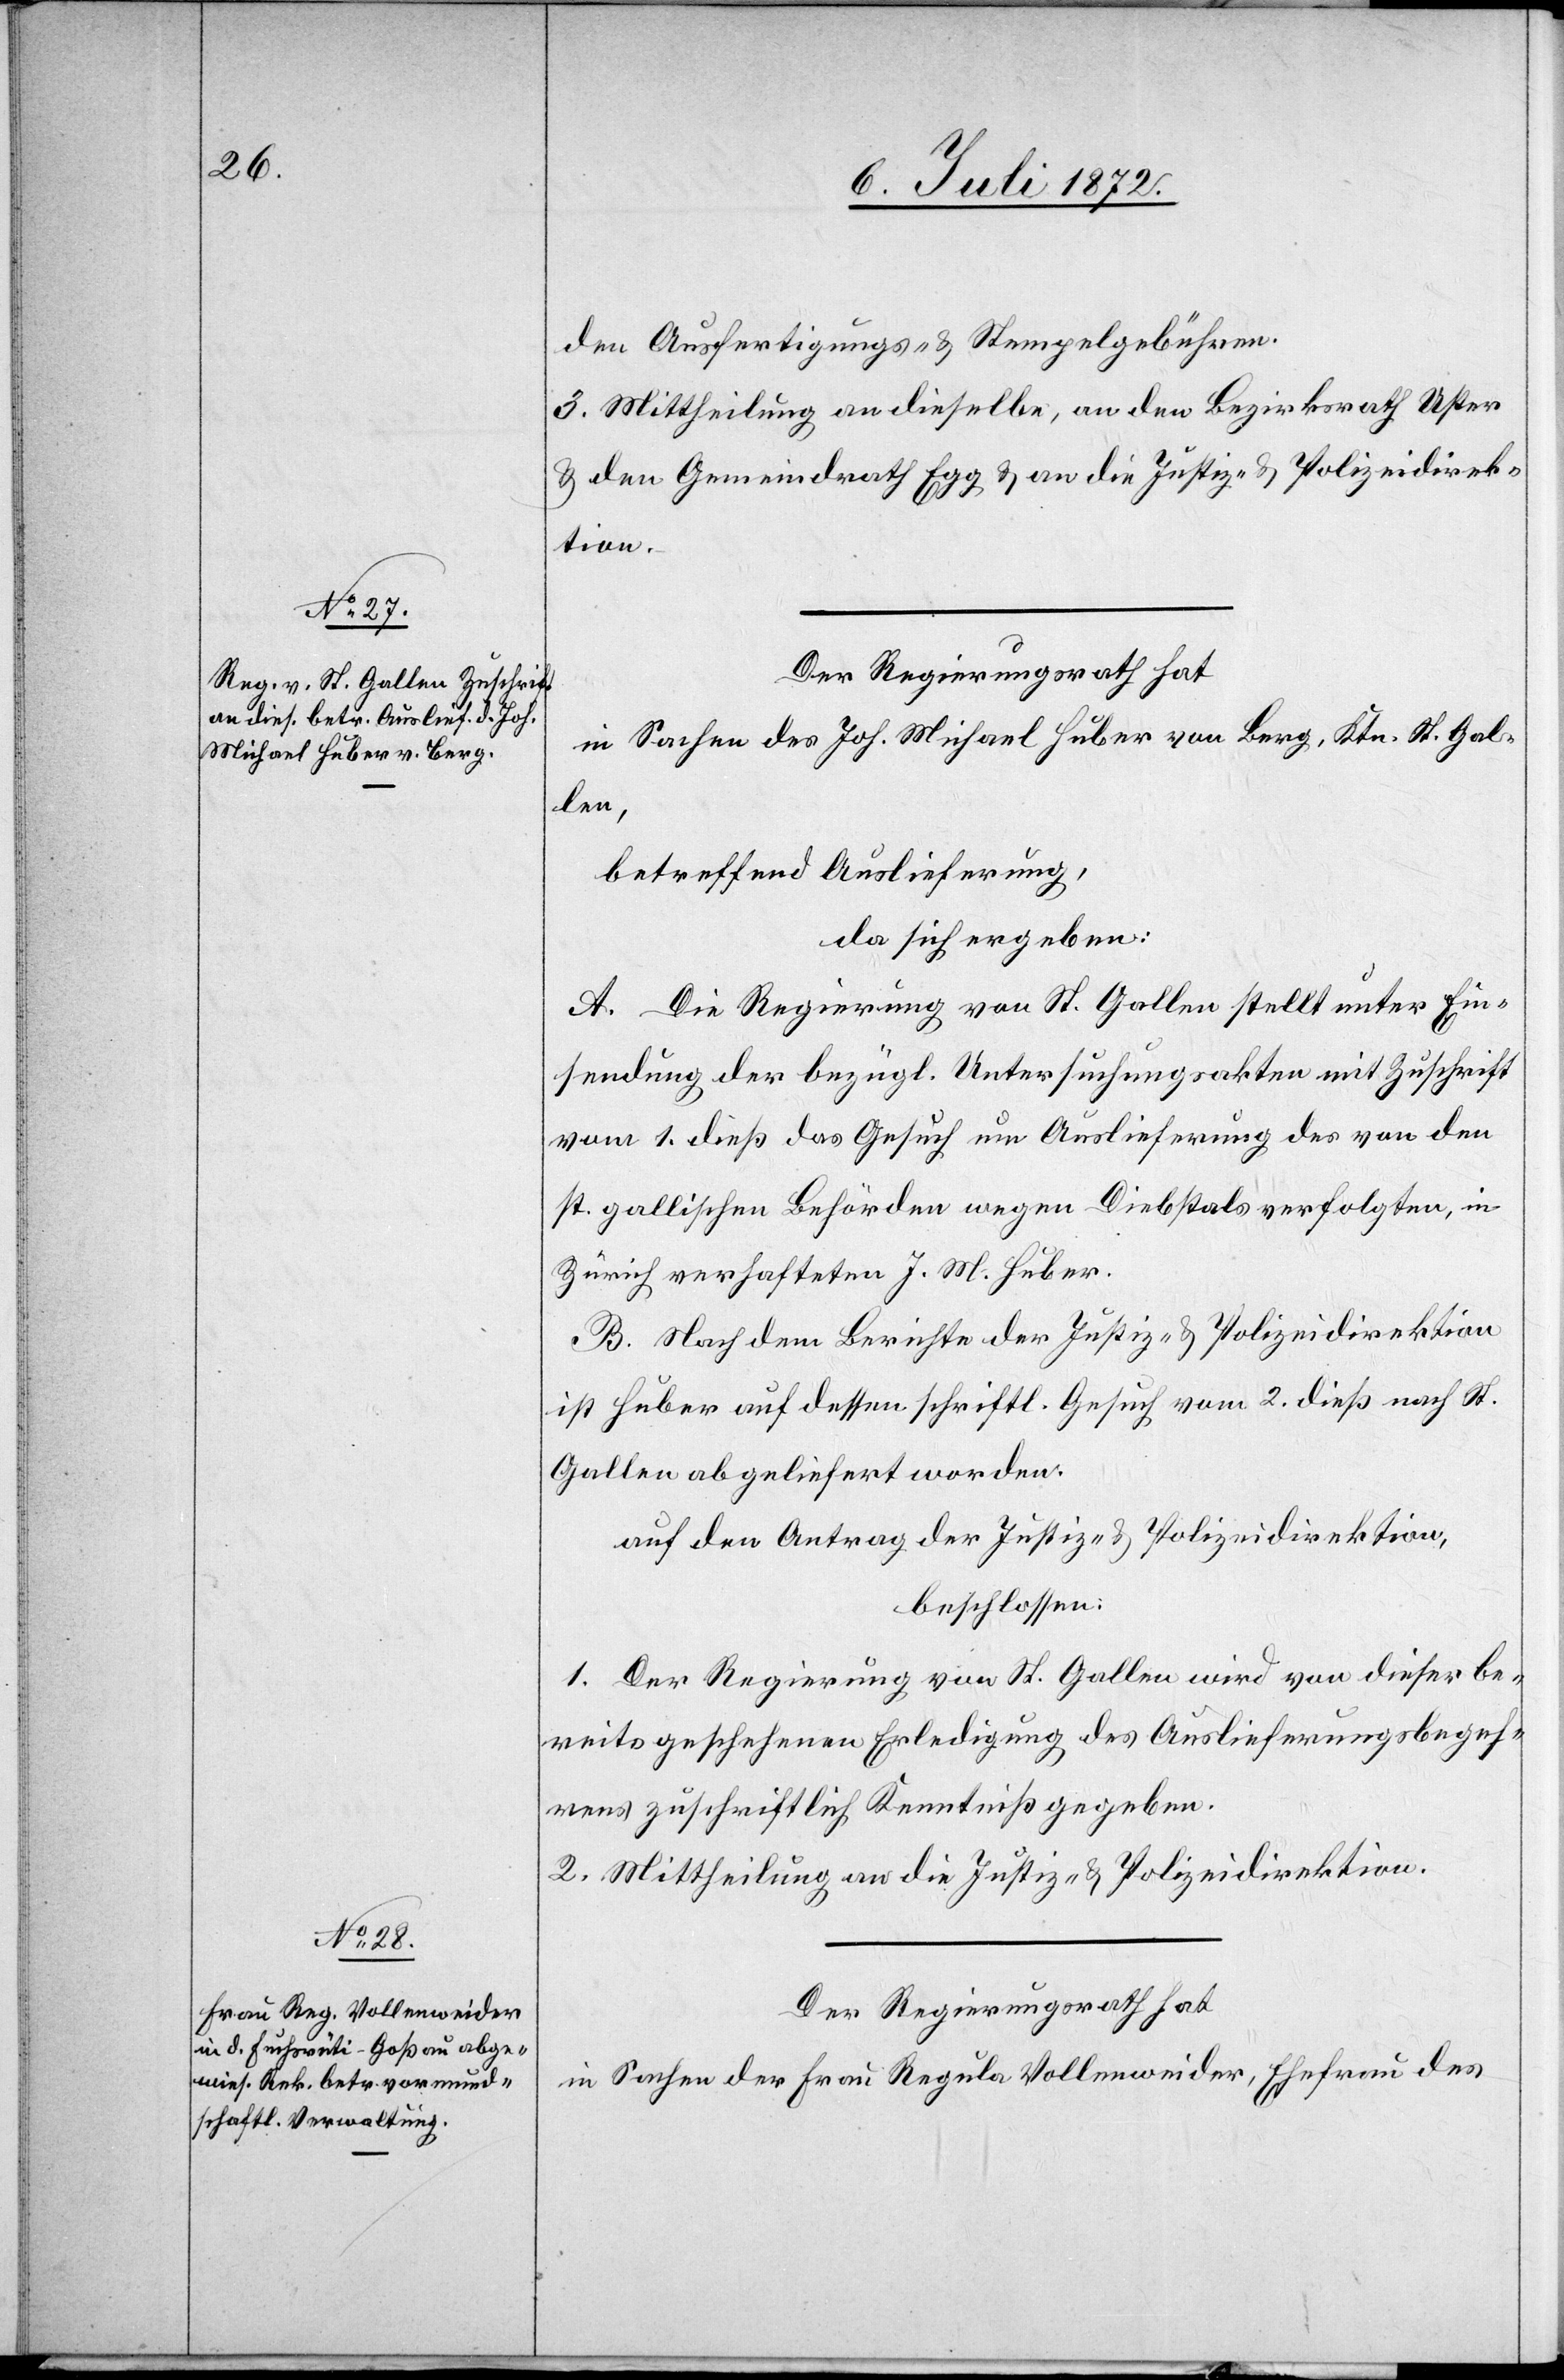
den Ausfertigungs- u. Stempelgebühren
3. Mittheilung an dieselbe, an den Bezirksrath Uster
u. den Gemeindrath Egg u. an die Justiz- u. Polizeidirek¬
tion.
Der Regierungsrath hat
in Sachen des Joh. Michael Huber von Berg, Ktn. St. Gal¬
len,
betreffend Auslieferung,
da sich ergeben:
A. Die Regierung von St. Gallen stellt unter Ein¬
sendung der bezügl. Untersuchungsakten mit Zuschrift
vom 1. dieß das Gesuch um Auslieferung des von den
st. gallischen Behörden wegen Diebstals verfolgten, in
Zürich verhafteten J. M. Huber.
B. Nach dem Berichte der Justiz- u. Polizeidirektion
ist Huber auf dessen schriftl. Gesuch vom 2. dieß nach St.
Gallen abgeliefert worden.
auf den Antrag der Justiz- u. Polizeidirektion,
beschlossen:
1. Der Regierung von St. Gallen wird von dieser be¬
reits geschehenen Erledigung des Auslieferungsbegeh¬
rens zuschriftlich Kenntniß gegeben.
2. Mittheilung an die Justiz- u. Polizeidirektion.
Der Regierungsrath hat
in Sachen der Frau Regula Vollenweider, Ehefrau des